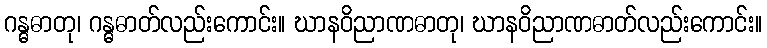
ဂန္ဓဓာတု၊ ဂန္ဓဓာတ်လည်းကောင်း။ ဃာနဝိညာဏဓာတု၊ ဃာနဝိညာဏဓာတ်လည်းကောင်း။